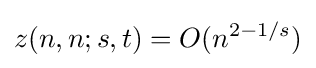
z(n,n;s,t)=O(n^{2-1/s})